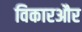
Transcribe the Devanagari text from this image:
विकारऔर